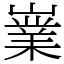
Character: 嶪